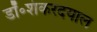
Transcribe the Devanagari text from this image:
डॉ॰शंकरदयाल